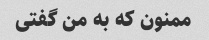
ممنون که به من گفتی